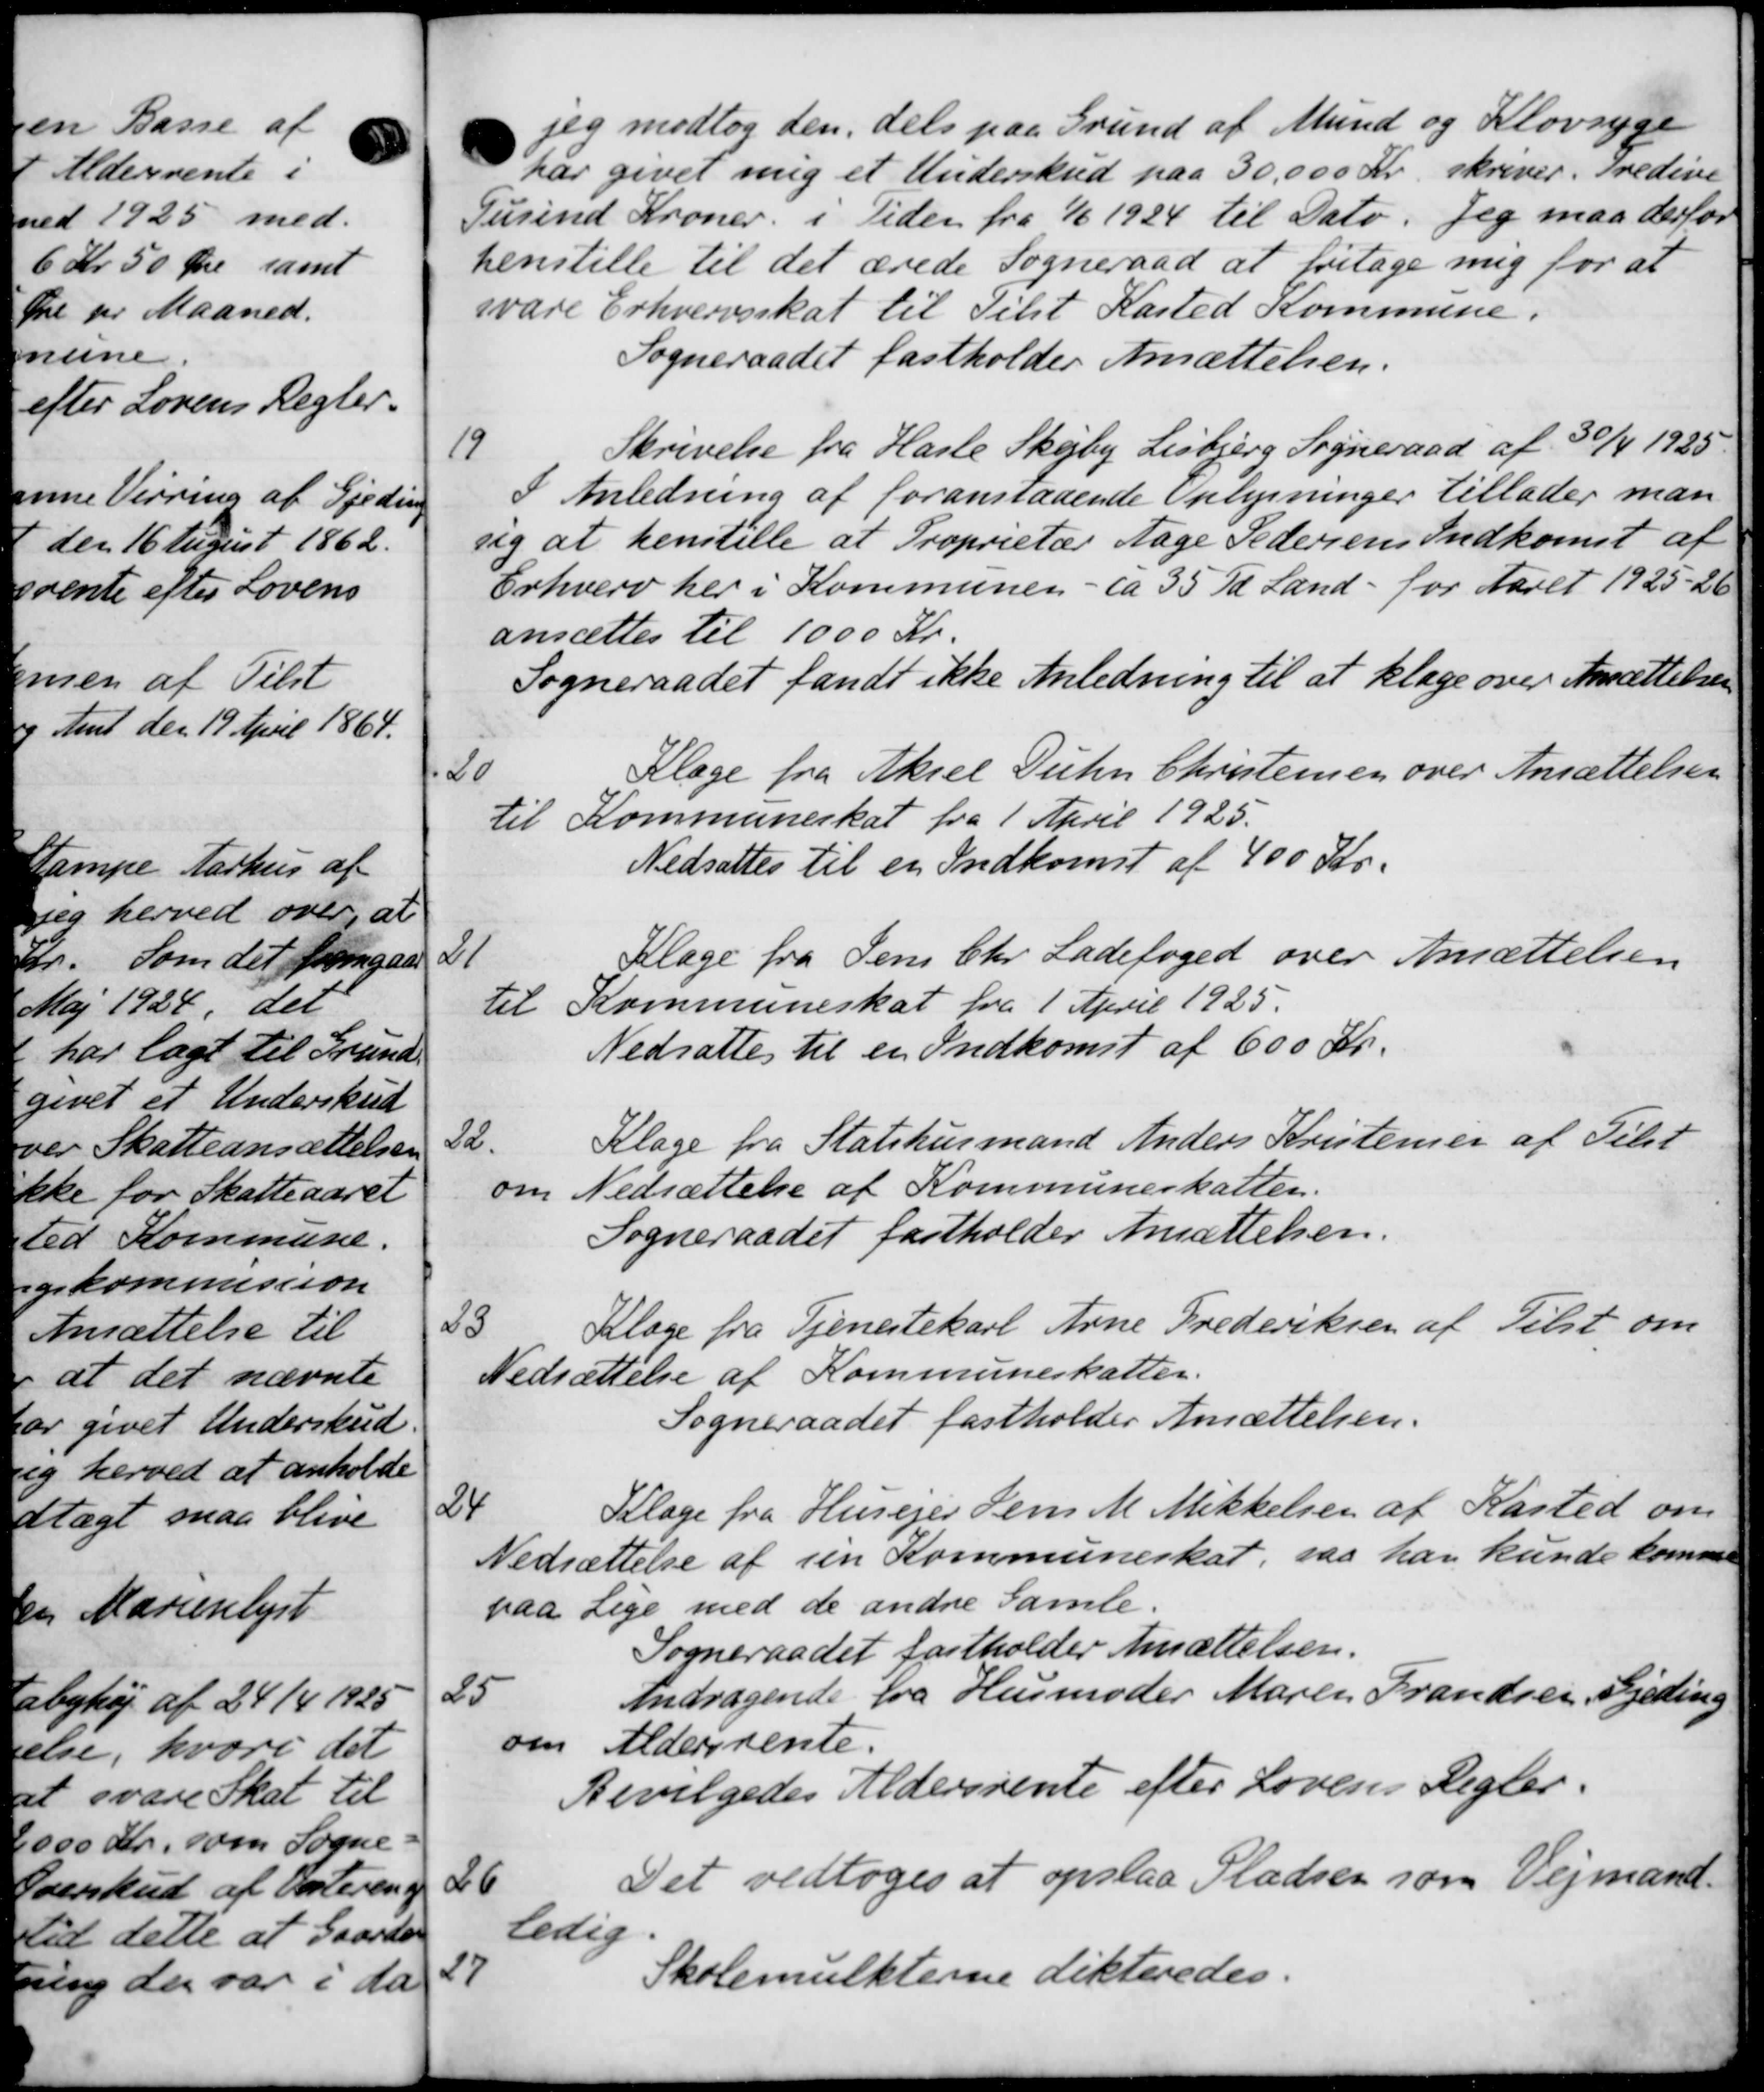
Transskription:
jeg modtog den, dels paa Grund af Mund og Klovsyge
har givet mig et Underskud paa 30.000 Kr skriver. Tredive
Gusind Kroner i Tiden fra 1/6 1924 til Dato. Jeg maa derfor
henstille til det ærede Sogneraad at fritage mig for at
svare Erhvervsskat til Tilst Kasted Kommune.
Sogneraadet fastholder Ansættelsen.
19
Skrivelse fra Hasle Skejby Lisbjerg Sogneraad af 30/4 1925.
I Anledning af foranstaaende Oplysninger tillader man
sig at henstille at Proprietær Aage Pedersens Indkomst af
Erhverv her i Kommunen - ca 35 Td Land - for Aaret 1925-26
ansættes til 1000 Kr.
Sogneraadet fandt ikke Anledning til at klage over Ansættelsen
20
Klage fra Aksel Duhn Christensen over Ansættelsen
til Kommuneskat fra 1 April 1925.
Nedsattes til en Indkomst af 400 Kr.
21
Klage fra Jens Chr Ladefoged over Ansættelsen.
Kommuneskat fra 1 April 1925.
til
Nedsattes til en Indkomst af 600 Kr.
32.
Klage fra Statshusmand Anders Kristensen af Tilst
Nedsættelse af Kommuneskatten.
om
Sogneraadet fastholder Ansættelsen.
23
Klage fra Tjenestekarl Arne Frederiksen af Tilst om
Nedsættelse af Kommuneskatter.
Sogneraadet fastholder Ansættelsen.
24
Klage fra Husejer Jens M Mikkelsen af Kasted om
Nedsættelse af sin Kommuneskat, saa han kunde kommen
paa Lige med de andre Gamle.
Sogneraadet fastholder Ansættelsen.
25
Andragende fra Husmoder Maren Frandsen, Fjeding
om Aldersrente.
Bevilgedes Aldersrente efter Lovens Regler.
26
Det vedtoges at opslaa Pladsen som Vejmand.
ledig
27
Skolemulkterne dikteredes.